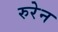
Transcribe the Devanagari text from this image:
रुरेन